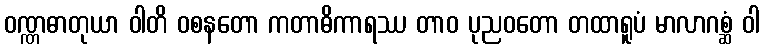
ဝဏ္ဏဓာတုယာ ဝါတိ ဝစနတော ကတာဓိကာရဿ တာဝ ပုညဝတော တထာရူပံ မာလာဂစ္ဆံ ဝါ